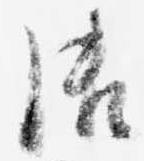
御